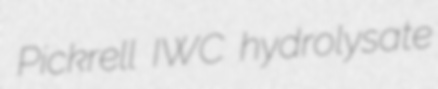
Pickrell IWC hydrolysate